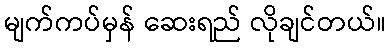
မျက်ကပ်မှန် ဆေးရည် လိုချင်တယ်။